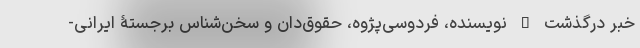
خبر درگذشت – نویسنده، فردوسی‌پژوه، حقوق‌دان و سخن‌شناس برجستۀ ایرانی-